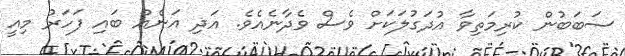
ސަބަބުން ކުރިމަތިވާ އުދަގުލަކަށް ވެސް ވެދާނެއެވެ. އަދި އަނެއް ބައި ފަހަރު މިއީ